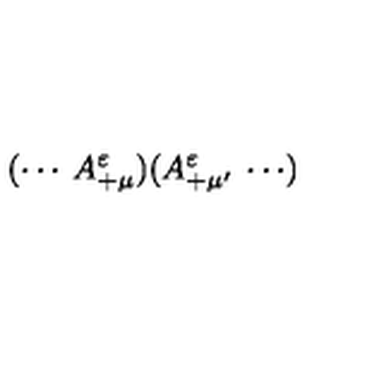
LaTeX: ( \cdots \: A _ { + \mu } ^ { \varepsilon } ) ( A _ { + \mu ^ { \prime } } ^ { \varepsilon } \: \cdots )